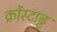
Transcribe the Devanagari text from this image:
क्रोंस्टाड्ट